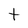
Character: t